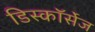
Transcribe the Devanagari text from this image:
डिस्कॉर्सेज